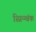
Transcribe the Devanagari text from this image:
स्प्रिन्ग्बंक